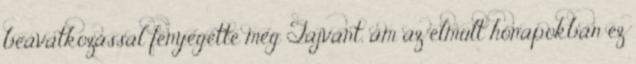
beavatkozással fenyegette meg Tajvant, ám az elmúlt hónapokban ez